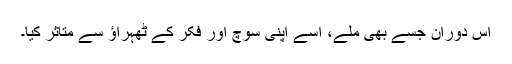
اس دوران جسے بھی ملے، اسے اپنی سوچ اور فکر کے ٹھہراؤ سے متاثر کیا۔